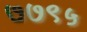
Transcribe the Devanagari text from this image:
७७९५